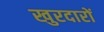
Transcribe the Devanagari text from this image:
खुरदारों